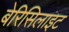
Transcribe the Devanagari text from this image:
बेरिसिलाइट